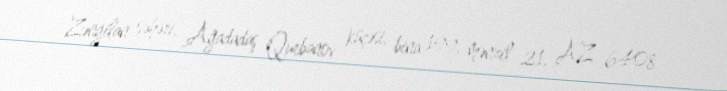
Zəngilan şəhəri, Ağadadaş Qurbanov küçəsi, bina 199, mənzil 21, AZ 6408